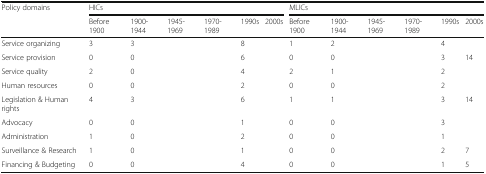
<table><thead><tr><td rowspan="2"><b>Policy domains</b></td><td colspan="6"><b>HICs</b></td><td colspan="6"><b>MLICs</b></td></tr><tr><td><b>Before 1900</b></td><td><b>1900-1944</b></td><td><b>1945-1969</b></td><td><b>1970-1989</b></td><td><b>1990s</b></td><td><b>2000s</b></td><td><b>Before 1900</b></td><td><b>1900-1944</b></td><td><b>1945-1969</b></td><td><b>1970-1989</b></td><td><b>1990s</b></td><td><b>2000s</b></td></tr></thead><tbody><tr><td>Service organizing</td><td>3</td><td>3</td><td>[EMPTY_CELL]</td><td>[EMPTY_CELL]</td><td>8</td><td>[EMPTY_CELL]</td><td>1</td><td>2</td><td>[EMPTY_CELL]</td><td>[EMPTY_CELL]</td><td>4</td><td>[EMPTY_CELL]</td></tr><tr><td>Service provision</td><td>0</td><td>0</td><td>[EMPTY_CELL]</td><td>[EMPTY_CELL]</td><td>6</td><td>[EMPTY_CELL]</td><td>0</td><td>0</td><td>[EMPTY_CELL]</td><td>[EMPTY_CELL]</td><td>3</td><td>14</td></tr><tr><td>Service quality</td><td>2</td><td>0</td><td>[EMPTY_CELL]</td><td>[EMPTY_CELL]</td><td>4</td><td>[EMPTY_CELL]</td><td>2</td><td>1</td><td>[EMPTY_CELL]</td><td>[EMPTY_CELL]</td><td>2</td><td>[EMPTY_CELL]</td></tr><tr><td>Human resources</td><td>0</td><td>0</td><td>[EMPTY_CELL]</td><td>[EMPTY_CELL]</td><td>2</td><td>[EMPTY_CELL]</td><td>0</td><td>0</td><td>[EMPTY_CELL]</td><td>[EMPTY_CELL]</td><td>2</td><td>[EMPTY_CELL]</td></tr><tr><td>Legislation &amp; Human rights</td><td>4</td><td>3</td><td>[EMPTY_CELL]</td><td>[EMPTY_CELL]</td><td>6</td><td>[EMPTY_CELL]</td><td>1</td><td>1</td><td>[EMPTY_CELL]</td><td>[EMPTY_CELL]</td><td>3</td><td>14</td></tr><tr><td>Advocacy</td><td>0</td><td>0</td><td>[EMPTY_CELL]</td><td>[EMPTY_CELL]</td><td>1</td><td>[EMPTY_CELL]</td><td>0</td><td>0</td><td>[EMPTY_CELL]</td><td>[EMPTY_CELL]</td><td>3</td><td>[EMPTY_CELL]</td></tr><tr><td>Administration</td><td>1</td><td>0</td><td>[EMPTY_CELL]</td><td>[EMPTY_CELL]</td><td>2</td><td>[EMPTY_CELL]</td><td>0</td><td>0</td><td>[EMPTY_CELL]</td><td>[EMPTY_CELL]</td><td>1</td><td>[EMPTY_CELL]</td></tr><tr><td>Surveillance &amp; Research</td><td>1</td><td>0</td><td>[EMPTY_CELL]</td><td>[EMPTY_CELL]</td><td>1</td><td>[EMPTY_CELL]</td><td>0</td><td>0</td><td>[EMPTY_CELL]</td><td>[EMPTY_CELL]</td><td>2</td><td>7</td></tr><tr><td>Financing &amp; Budgeting</td><td>0</td><td>0</td><td>[EMPTY_CELL]</td><td>[EMPTY_CELL]</td><td>4</td><td>[EMPTY_CELL]</td><td>0</td><td>0</td><td>[EMPTY_CELL]</td><td>[EMPTY_CELL]</td><td>1</td><td>5</td></tr></tbody></table>